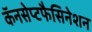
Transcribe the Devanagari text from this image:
कॅनसेप्टफैसिनेशन